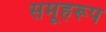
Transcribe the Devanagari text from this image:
समूहरूप